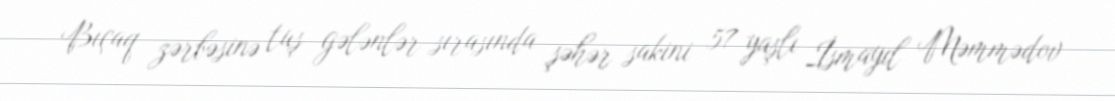
Bıçaq zərbəsinə tuş gələnlər sırasında şəhər sakini 57 yaşlı İsmayıl Məmmədov